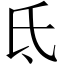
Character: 氐